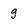
Character: g